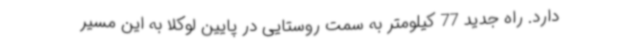
دارد. راه جدید 77 کیلومتر به سمت روستایی در پایین لوکلا به این مسیر